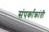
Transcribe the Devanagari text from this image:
संपर्काक्रांती